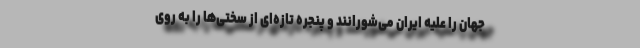
جهان را علیه ایران می‌شورانند و پنجره تازه‌ای از سختی‌ها را به روی